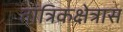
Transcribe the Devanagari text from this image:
तांत्रिकक्षेत्रास